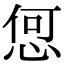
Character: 𢚨